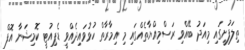
ތިލަފުށީގައި މިއަދު ބޭއްވި ރަސްމިއްޔާތެއްގައި މި އިމާރާތް ހުޅުވައިދެއްވީ ޑެޕިއުޓީ ކޮމިޝަނާ އޮފް